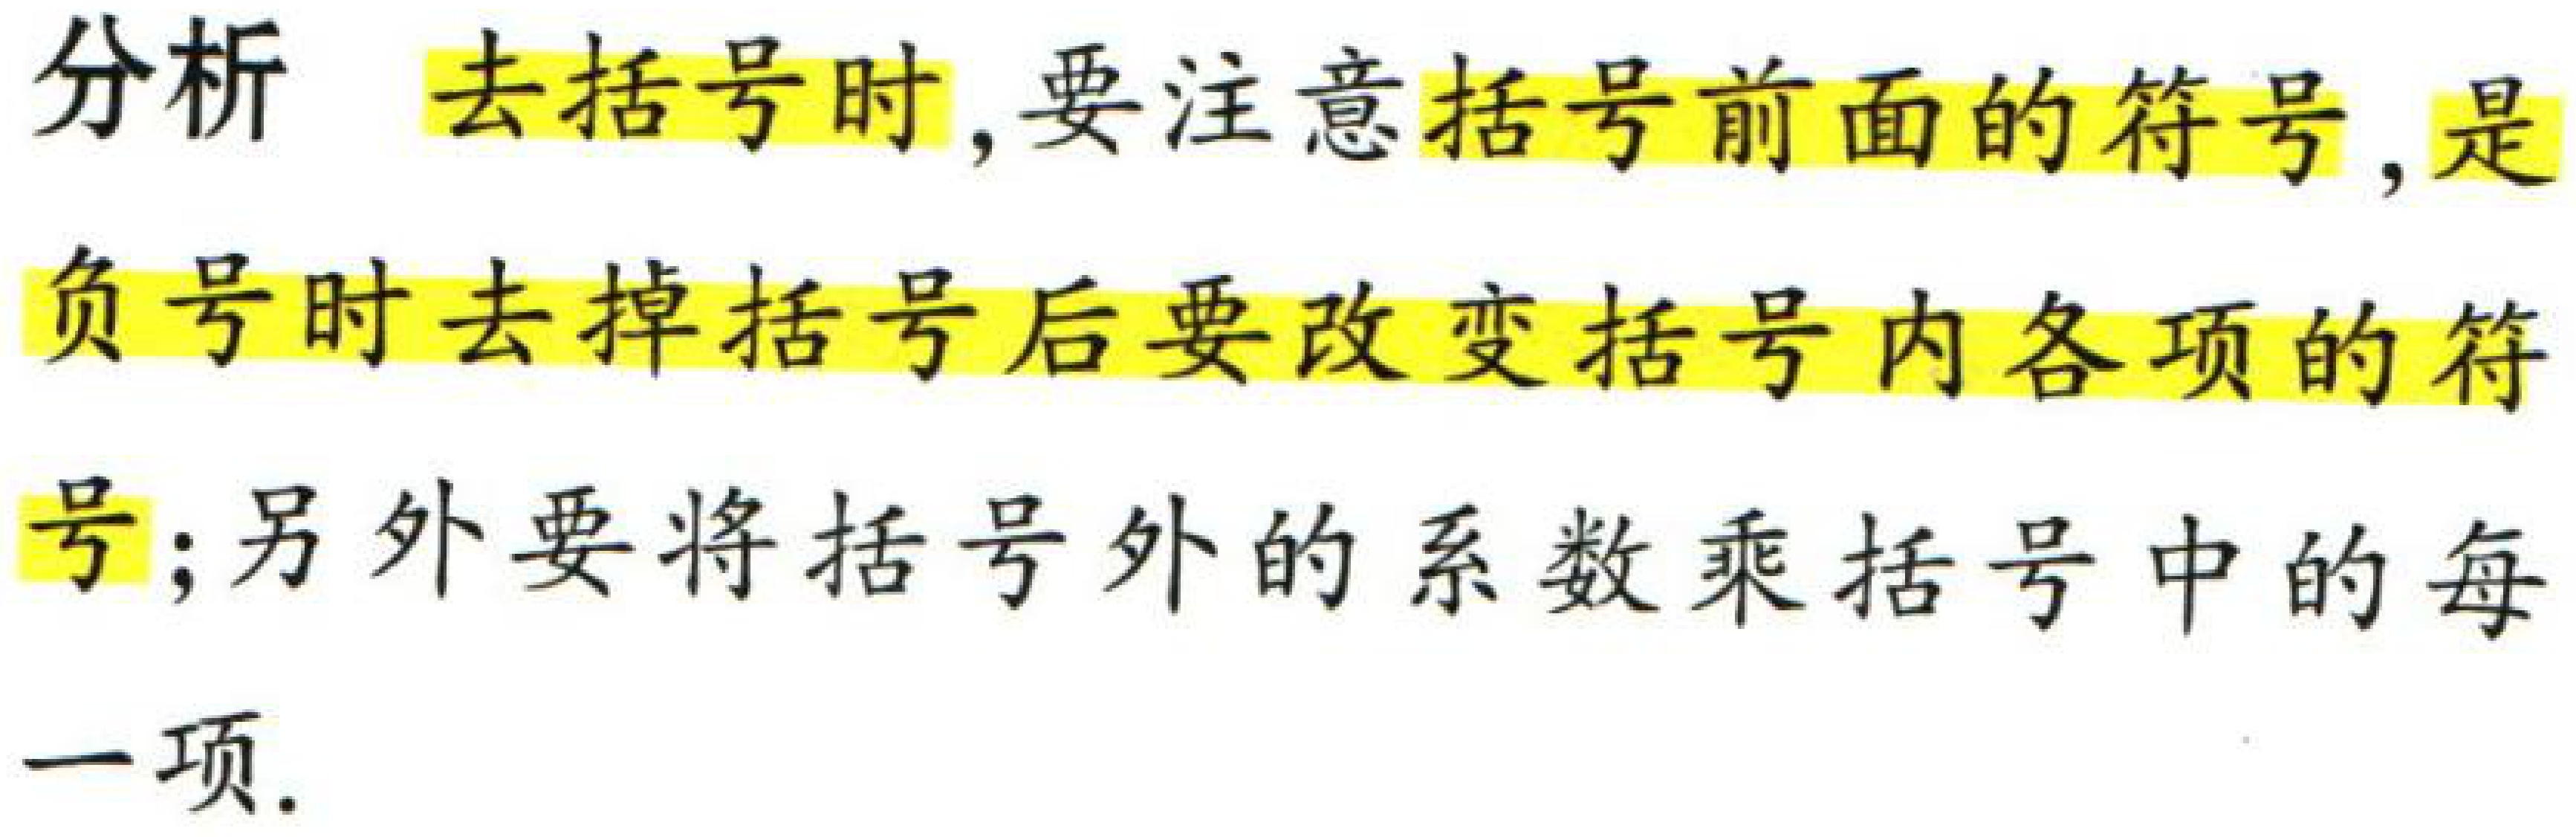
分析 去括号时,要注意括号前面的符号,是负号时去掉括号后要改变括号内各项的符号;另外要将括号外的系数乘括号中的每一项.